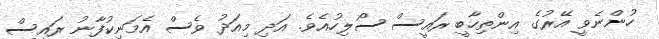
ހުންނެވީ އޭރުގެ އިންތިހާބީ ރައީސް ސޯލިހުއެވެ. އަދި މިއަދު ވެސް އެމަނިކުފާނު ރައީސް